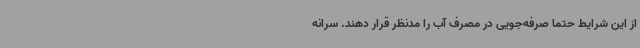
از این شرایط حتما صرفه‌جویی در مصرف آب را مدنظر قرار دهند. سرانه